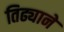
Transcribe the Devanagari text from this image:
तिढ्याने